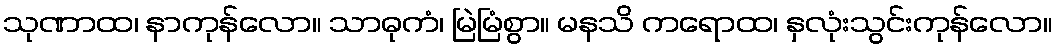
သုဏာထ၊ နာကုန်လော။ သာဓုကံ၊ မြဲမြံစွာ။ မနသိ ကရောထ၊ နှလုံးသွင်းကုန်လော။